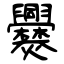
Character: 爨